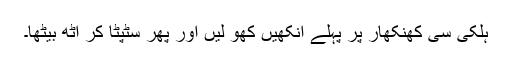
ہلکی سی کھنکھار پر پہلے آنکھیں کھو لیں اور پھر سٹپٹا کر اٹھ بیٹھا۔